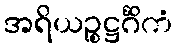
အရိယဉ္စဋ္ဌင်္ဂိကံ